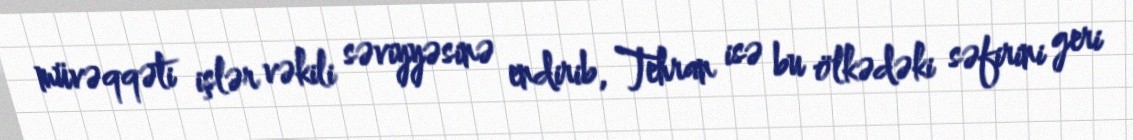
müvəqqəti işlər vəkili səviyyəsinə endirib, Tehran isə bu ölkədəki səfirini geri